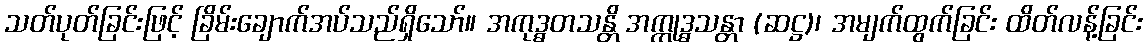
သတ်ပုတ်ခြင်းဖြင့် ခြိမ်းချောက်အပ်သည်ရှိသော်။ အကုဒ္ဓတသန္တိ အက္ကုဒ္ဓသန္တာ (ဆဋ္ဌ)၊ အမျက်ထွက်ခြင်း ထိတ်လန့်ခြင်း